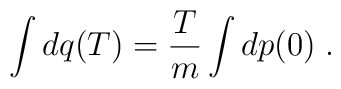
\int dq(T) = \frac{T}{m} \int dp(0) \; .